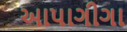
આપાગીગા